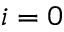
i = 0